Civil Veterinary Dept. Assam report 1927-50 - 1927-1950
Year: 1927
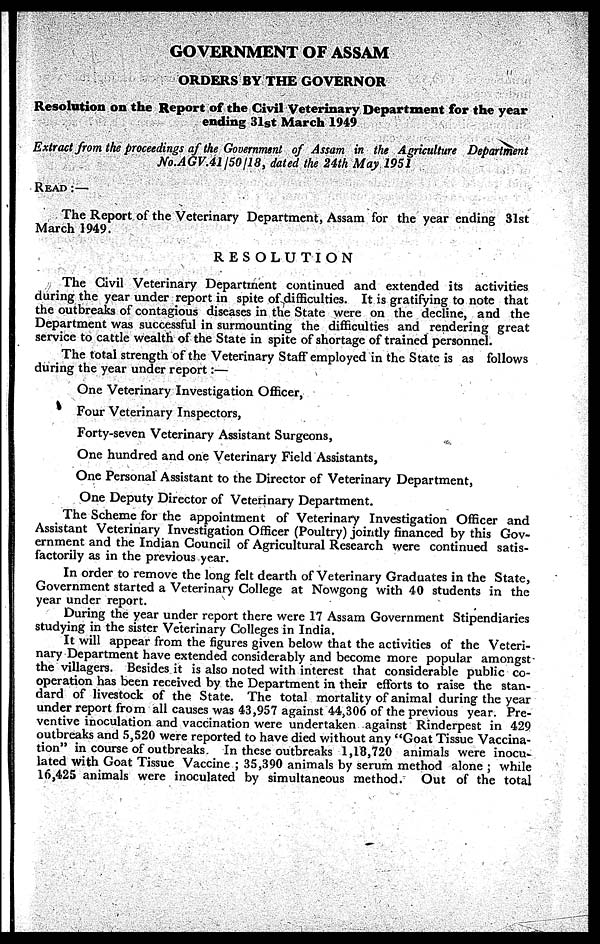
GOVERNMENT OF ASSAM
ORDERS BY THE GOVERNOR
Resolution on the Report of the Civil Veterinary Department for the year
ending 31st March 1949
Extract from the proceedings af the Government of Assam in the Agriculture Department
No.AGV.41/50/18, dated the 24th May 1951
Read:—
The Report of the Veterinary Department, Assam for the year ending 31st
March 1949.
RESOLUTION
The Civil Veterinary Department continued and extended its activities
during the year under report in spite of difficulties. It is gratifying to note that
the outbreaks of contagious diseases in the State were on the decline, and the
Department was successful in surmounting the difficulties and rendering great
service to cattle wealth of the State in spite of shortage of trained personnel.
The total strength of the Veterinary Staff employed in the State is as follows
during the year under report:—
One Veterinary Investigation Officer,
Four Veterinary Inspectors,
Forty-seven Veterinary Assistant Surgeons,
One hundred and one Veterinary Field Assistants,
One Personal Assistant to the Director of Veterinary Department,
One Deputy Director of Veterinary Department.
The Scheme for the appointment of Veterinary Investigation Officer and
Assistant Veterinary Investigation Officer (Poultry) jointly financed by this Gov-
ernment and the Indian Council of Agricultural Research were continued satis-
factorily as in the previous year.
In order to remove the long felt dearth of Veterinary Graduates in the State,
Government started a Veterinary College at Nowgong with 40 students in the
year under report.
During the year under report there were 17 Assam Government Stipendiaries
studying in the sister Veterinary Colleges in India.
It will appear from the figures given below that the activities of the Veteri-
nary Department have extended considerably and become more popular amongst
the villagers. Besides it is also noted with interest that considerable public co-
operation has been received by the Department in their efforts to raise the stan-
dard of livestock of the State. The total mortality of animal during the year
under report from all causes was 43,957 against 44,306 of the previous year. Pre-
ventive inoculation and vaccination were undertaken against Rinderpest in 429
outbreaks and 5,520 were reported to have died without any "Goat Tissue Vaccina-
tion" in course of outbreaks. In these outbreaks 1,18,720 animals were inocu-
lated with Goat Tissue Vaccine ; 35,390 animals by serum method alone ; while
16,425 animals were inoculated by simultaneous method.
Out of the total